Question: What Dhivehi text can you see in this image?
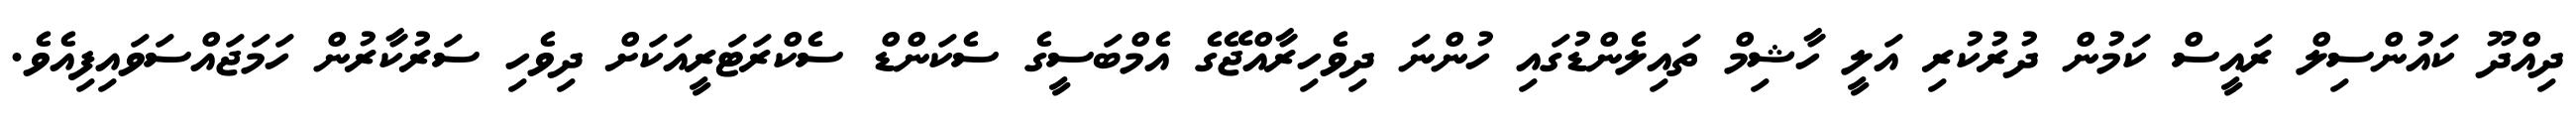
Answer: ދިއްދޫ ކައުންސިލް ރައީސް ކަމުން ދުރުކުރި އަލީ ހާޝިމް ތައިލެންޑުގައި ހުންނަ ދިވެހިރާއްޖޭގެ އެމްބަސީގެ ސެކަންޑް ސެކްރަޓަރީއަކަށް ދިވެހި ސަރުކާރުން ހަމަޖައްސަވައިފިއެވެ.